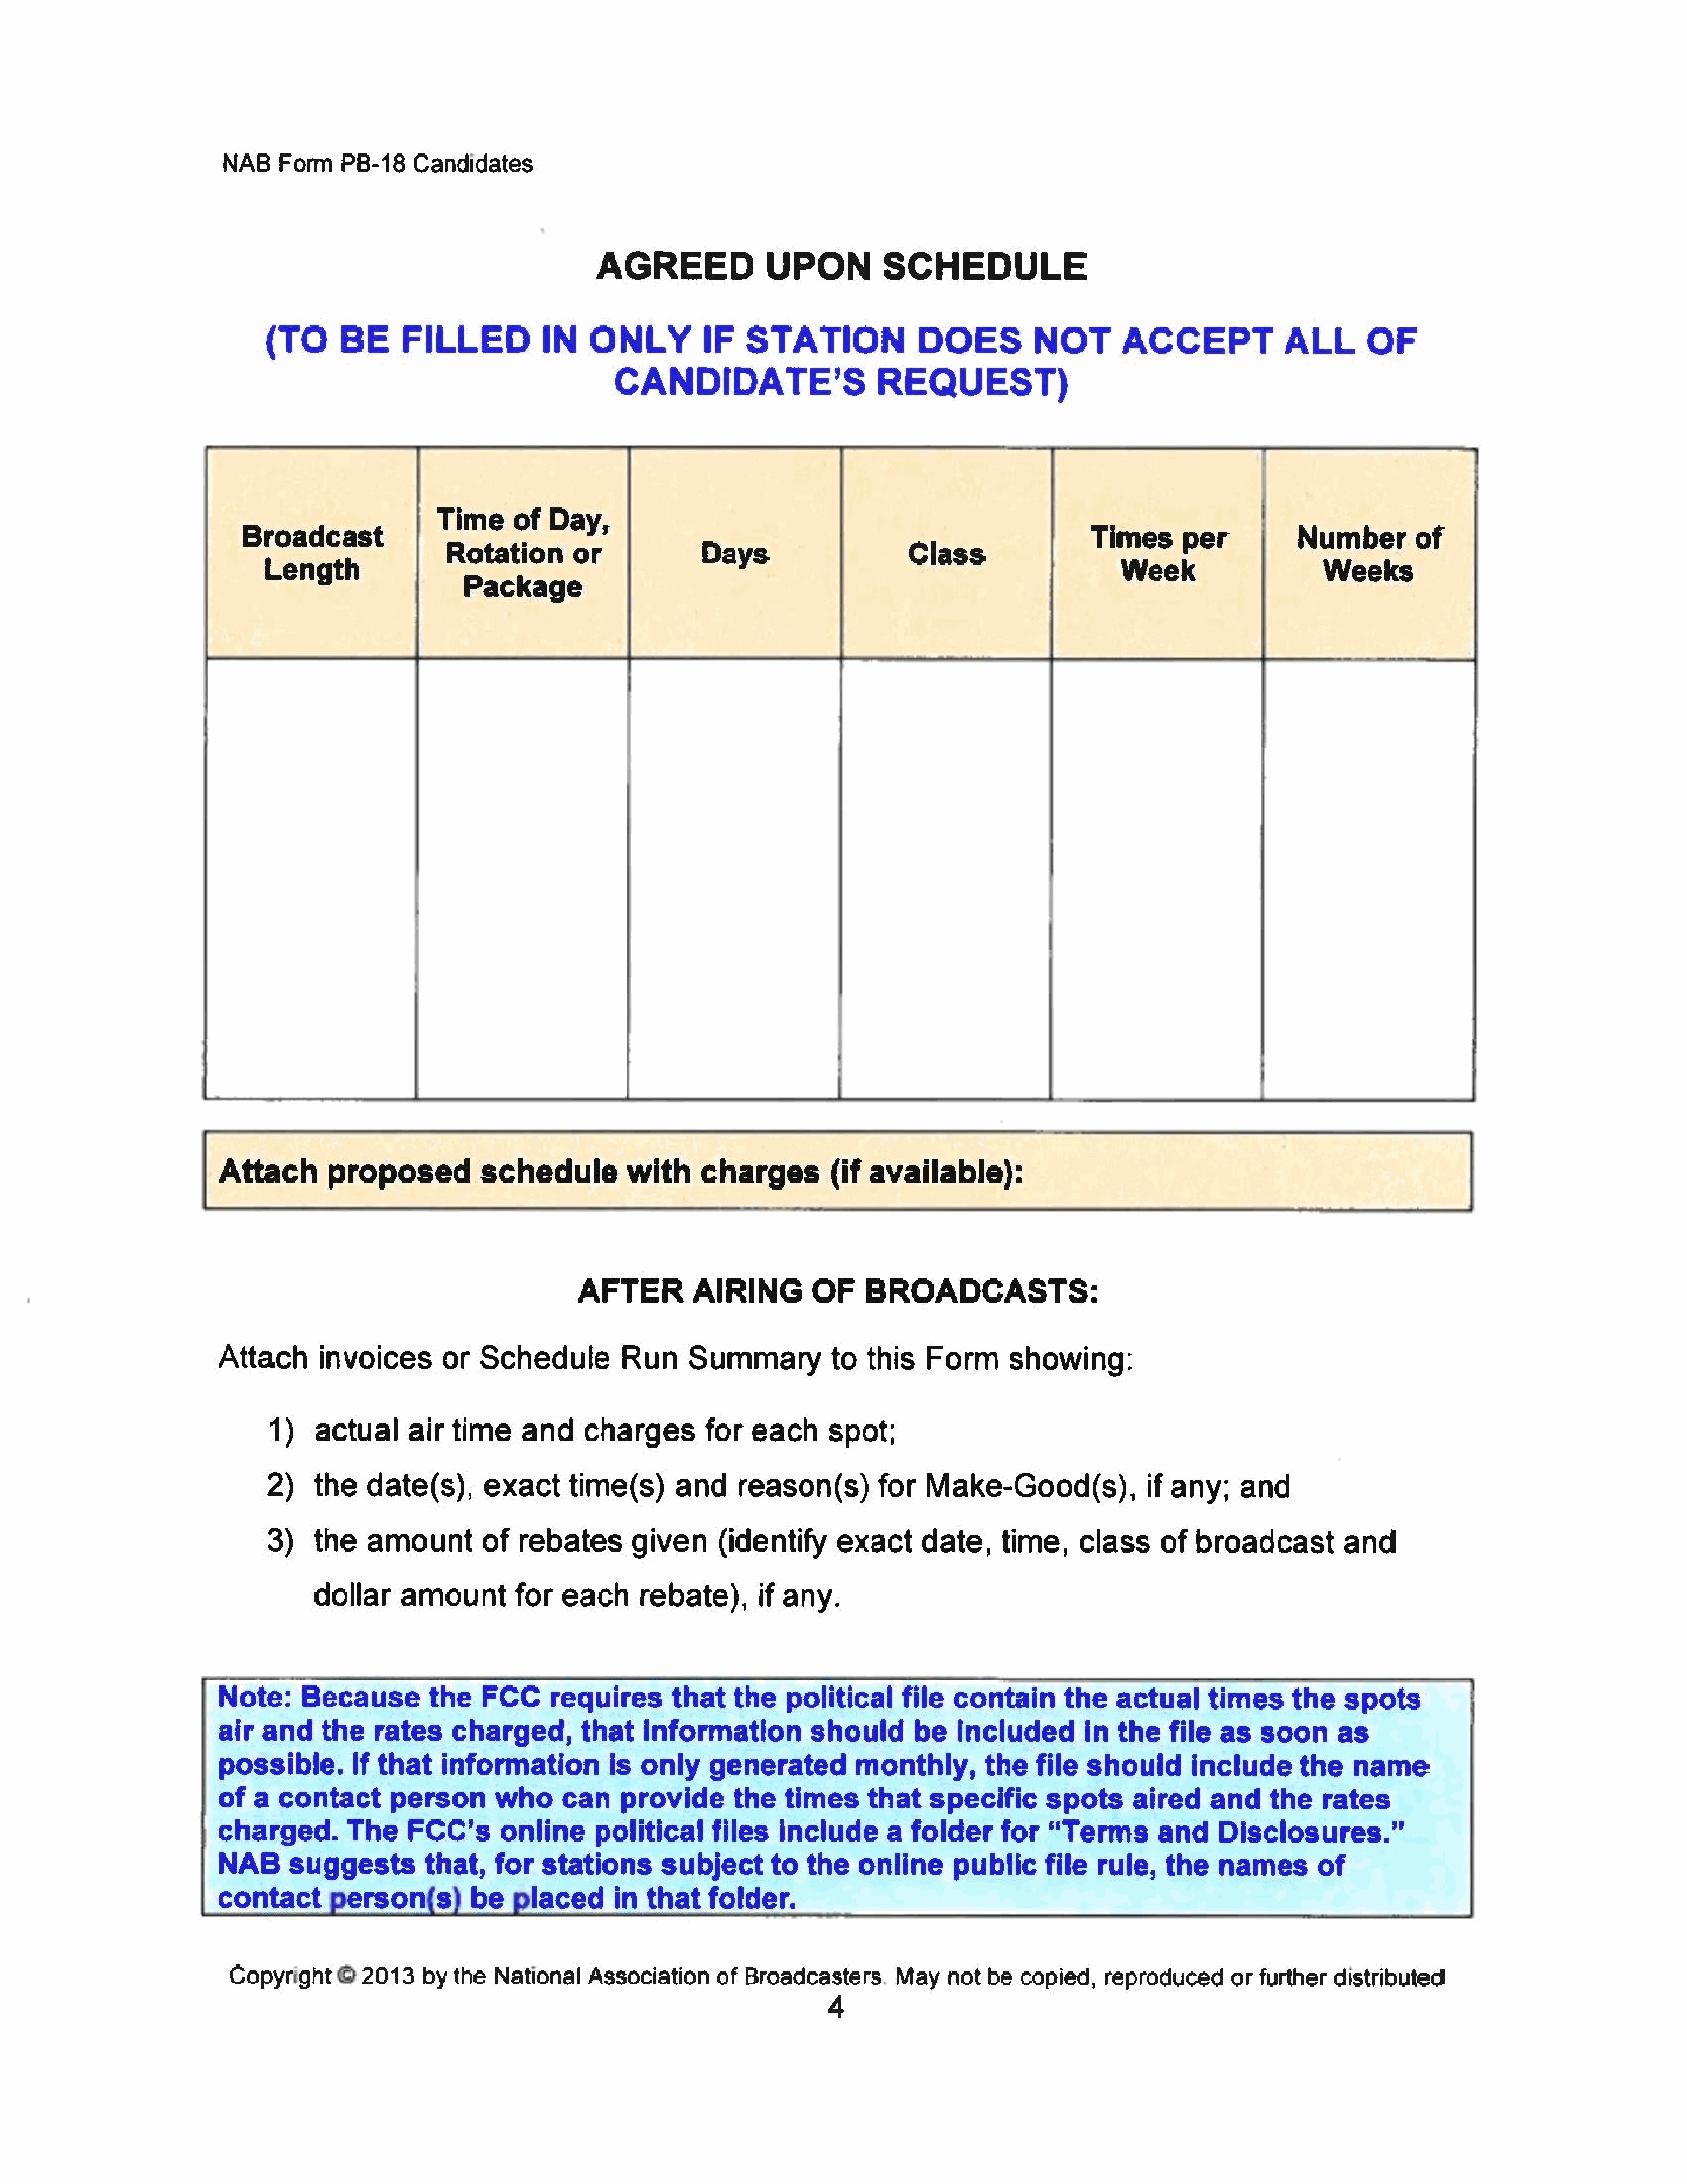
NAB     Form     PB-18     Candidates
 AGREED                   UPON            SCHEDULE
 (TO        BE       FILLED              IN    ONLY             IF    STATION                 DOES             NOT         ACCEPT                  ALL        OF
 CANDIDATE’S                           REQUEST)
 Time       of    Day,
 Broadcast                                                                                                                Times        per              Numberof
 Rotation          or
 Length                                                                                                                    Week                         Weeks
 Package
 Attach          proposed              schedule             with      charges(if              available):
 AFTER           AIRING           OF      BROADCASTS:
 Attach         invoices         or    Schedule            Run      Summary              to   this     Form       showing:
 1)    actual       air    time      and      charges          for   each       spot;
 2)     the    date(s),         exact       time(s)         and      reason(s)           for    Make-Good(s),                  if any;      and
 3)     the     amount       of      rebates         given        (identify        exact       date,      time,      class       of   broadcast            and
 dollar      amount           for   each        rebate),         if any.
 Note:       Because           the     FCC       requiresthat              thepolitical          file     contain         the     actual       times       the    spots
 air   and      the     rates      charged,          that     information             should         be    included          in   the    file   as    soon       as
 possible.        If    that     information             is   only     generated            monthly,           thefile       should         include         the     name
 of   a   contact         person         who      can  provide             the    times       that     specific         spots       aired      and     the     rates
 charged.           The     FCC’s         online       politicalfiles             include        a  folder       for    “Terms          and     Disclosures.”
 NAB       suggests            that,     for   stations         subject         to   the     online       publicfile           rule,     the    names         of
 rson(s)        be       placedin        thatfolder.
 Copyright      ©   2013    by   the   National     Association       of   Broadcasters.        May    not   be   copied,     reproducedor        furtherdistributed
 4